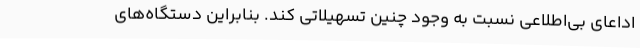
اداعای بی‌اطلاعی نسبت به وجود چنین تسهیلاتی کند. بنابراین دستگاه‌های